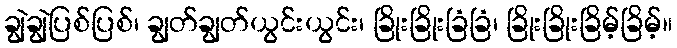
ချွဲချွဲပြစ်ပြစ်၊ ချွတ်ချွတ်ယွင်းယွင်း၊ ခြိုးခြိုးခြံခြံ၊ ခြိုးခြိုးခြိမ့်ခြိမ့်။